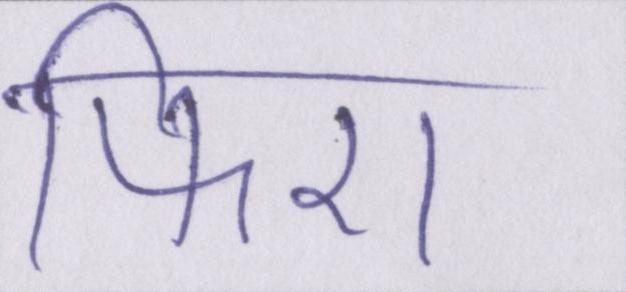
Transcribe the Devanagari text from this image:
फिरा